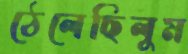
ঠেলেছিলুম